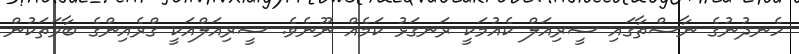
ހެނދުނުގެ ނާސްތާގައި ސީރިއަލް ކެއުމަކީ ރަނގަޅު ކަމެއް ނޫނެވެ. ސީރިއަލްއަކީ ގްރެއިންގެ ބާވަތަކުން